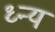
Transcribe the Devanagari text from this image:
ध्न्य